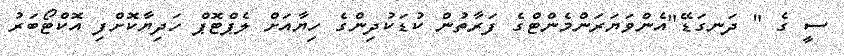
ސީ ގެ " ދަނގަޑޭ"އެންވަޔަރަންމެންޓްގެ ފަރާތުން ކުޑަކުދިންގެ ހިޔާއަށް ލެޕްޓޮޕް ހަދިޔާކޮށްފި އޮކްޓޯބަރު